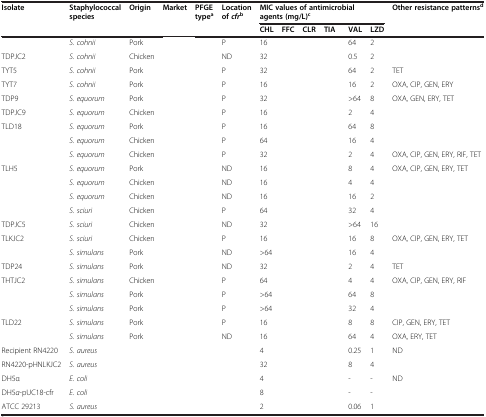
<table><thead><tr><td><b>Isolate</b></td><td><b>Staphylococcal species</b></td><td><b>Origin</b></td><td><b>Market</b></td><td><b>PFGE type<sup>a</sup></b></td><td><b>Location of <i>cfr</i><sup>b</sup></b></td><td colspan="6"><b>MIC values of antimicrobial agents (mg/L)<sup>c</sup></b></td><td><b>Other resistance patterns<sup>d</sup></b></td></tr><tr><td colspan="6">[EMPTY_CELL]</td><td><b>CHL</b></td><td><b>FFC</b></td><td><b>CLR</b></td><td><b>TIA</b></td><td><b>VAL</b></td><td><b>LZD</b></td><td>[EMPTY_CELL]</td></tr></thead><tbody><tr><td>[EMPTY_CELL]</td><td><i>S. cohnii</i></td><td>Pork</td><td>[EMPTY_CELL]</td><td>[EMPTY_CELL]</td><td>P</td><td>16</td><td>[EMPTY_CELL]</td><td>[EMPTY_CELL]</td><td>[EMPTY_CELL]</td><td>64</td><td>2</td><td>[EMPTY_CELL]</td></tr><tr><td>TDPJC2</td><td><i>S. cohnii</i></td><td>Chicken</td><td>[EMPTY_CELL]</td><td>[EMPTY_CELL]</td><td>ND</td><td>32</td><td>[EMPTY_CELL]</td><td>[EMPTY_CELL]</td><td>[EMPTY_CELL]</td><td>0.5</td><td>2</td><td>[EMPTY_CELL]</td></tr><tr><td>TYT5</td><td><i>S. cohnii</i></td><td>Pork</td><td>[EMPTY_CELL]</td><td>[EMPTY_CELL]</td><td>P</td><td>32</td><td>[EMPTY_CELL]</td><td>[EMPTY_CELL]</td><td>[EMPTY_CELL]</td><td>64</td><td>2</td><td>TET</td></tr><tr><td>TYT7</td><td><i>S. cohnii</i></td><td>Pork</td><td>[EMPTY_CELL]</td><td>[EMPTY_CELL]</td><td>P</td><td>16</td><td>[EMPTY_CELL]</td><td>[EMPTY_CELL]</td><td>[EMPTY_CELL]</td><td>16</td><td>2</td><td>OXA, CIP, GEN, ERY</td></tr><tr><td>TDP9</td><td><i>S. equorum</i></td><td>Pork</td><td>[EMPTY_CELL]</td><td>[EMPTY_CELL]</td><td>P</td><td>32</td><td>[EMPTY_CELL]</td><td>[EMPTY_CELL]</td><td>[EMPTY_CELL]</td><td>&gt;64</td><td>8</td><td>OXA, GEN, ERY, TET</td></tr><tr><td>TDPJC9</td><td><i>S. equorum</i></td><td>Chicken</td><td>[EMPTY_CELL]</td><td>[EMPTY_CELL]</td><td>P</td><td>16</td><td>[EMPTY_CELL]</td><td>[EMPTY_CELL]</td><td>[EMPTY_CELL]</td><td>2</td><td>4</td><td>[EMPTY_CELL]</td></tr><tr><td>TLD18</td><td><i>S. equorum</i></td><td>Pork</td><td>[EMPTY_CELL]</td><td>[EMPTY_CELL]</td><td>P</td><td>16</td><td>[EMPTY_CELL]</td><td>[EMPTY_CELL]</td><td>[EMPTY_CELL]</td><td>64</td><td>8</td><td>[EMPTY_CELL]</td></tr><tr><td>[EMPTY_CELL]</td><td><i>S. equorum</i></td><td>Chicken</td><td>[EMPTY_CELL]</td><td>[EMPTY_CELL]</td><td>P</td><td>64</td><td>[EMPTY_CELL]</td><td>[EMPTY_CELL]</td><td>[EMPTY_CELL]</td><td>16</td><td>4</td><td>[EMPTY_CELL]</td></tr><tr><td>[EMPTY_CELL]</td><td><i>S. equorum</i></td><td>Chicken</td><td>[EMPTY_CELL]</td><td>[EMPTY_CELL]</td><td>P</td><td>32</td><td>[EMPTY_CELL]</td><td>[EMPTY_CELL]</td><td>[EMPTY_CELL]</td><td>2</td><td>4</td><td>OXA, CIP, GEN, ERY, RIF, TET</td></tr><tr><td>TLH5</td><td><i>S. equorum</i></td><td>Pork</td><td>[EMPTY_CELL]</td><td>[EMPTY_CELL]</td><td>ND</td><td>16</td><td>[EMPTY_CELL]</td><td>[EMPTY_CELL]</td><td>[EMPTY_CELL]</td><td>8</td><td>4</td><td>OXA, CIP, GEN, ERY, TET</td></tr><tr><td>[EMPTY_CELL]</td><td><i>S. equorum</i></td><td>Chicken</td><td>[EMPTY_CELL]</td><td>[EMPTY_CELL]</td><td>ND</td><td>16</td><td>[EMPTY_CELL]</td><td>[EMPTY_CELL]</td><td>[EMPTY_CELL]</td><td>4</td><td>4</td><td>[EMPTY_CELL]</td></tr><tr><td>[EMPTY_CELL]</td><td><i>S. equorum</i></td><td>Chicken</td><td>[EMPTY_CELL]</td><td>[EMPTY_CELL]</td><td>ND</td><td>16</td><td>[EMPTY_CELL]</td><td>[EMPTY_CELL]</td><td>[EMPTY_CELL]</td><td>16</td><td>2</td><td>[EMPTY_CELL]</td></tr><tr><td>[EMPTY_CELL]</td><td><i>S. sciuri</i></td><td>Chicken</td><td>[EMPTY_CELL]</td><td>[EMPTY_CELL]</td><td>P</td><td>64</td><td>[EMPTY_CELL]</td><td>[EMPTY_CELL]</td><td>[EMPTY_CELL]</td><td>32</td><td>4</td><td>[EMPTY_CELL]</td></tr><tr><td>TDPJC5</td><td><i>S. sciuri</i></td><td>Chicken</td><td>[EMPTY_CELL]</td><td>[EMPTY_CELL]</td><td>ND</td><td>32</td><td>[EMPTY_CELL]</td><td>[EMPTY_CELL]</td><td>[EMPTY_CELL]</td><td>&gt;64</td><td>16</td><td>[EMPTY_CELL]</td></tr><tr><td>TLKJC2</td><td><i>S. sciuri</i></td><td>Chicken</td><td>[EMPTY_CELL]</td><td>[EMPTY_CELL]</td><td>P</td><td>16</td><td>[EMPTY_CELL]</td><td>[EMPTY_CELL]</td><td>[EMPTY_CELL]</td><td>16</td><td>8</td><td>OXA, CIP, GEN, ERY, TET</td></tr><tr><td>[EMPTY_CELL]</td><td><i>S. simulans</i></td><td>Pork</td><td>[EMPTY_CELL]</td><td>[EMPTY_CELL]</td><td>ND</td><td>&gt;64</td><td>[EMPTY_CELL]</td><td>[EMPTY_CELL]</td><td>[EMPTY_CELL]</td><td>16</td><td>4</td><td>[EMPTY_CELL]</td></tr><tr><td>TDP24</td><td><i>S. simulans</i></td><td>Pork</td><td>[EMPTY_CELL]</td><td>[EMPTY_CELL]</td><td>ND</td><td>32</td><td>[EMPTY_CELL]</td><td>[EMPTY_CELL]</td><td>[EMPTY_CELL]</td><td>2</td><td>4</td><td>TET</td></tr><tr><td>THTJC2</td><td><i>S. simulans</i></td><td>Chicken</td><td>[EMPTY_CELL]</td><td>[EMPTY_CELL]</td><td>P</td><td>64</td><td>[EMPTY_CELL]</td><td>[EMPTY_CELL]</td><td>[EMPTY_CELL]</td><td>4</td><td>4</td><td>OXA, CIP, GEN, ERY, RIF</td></tr><tr><td>[EMPTY_CELL]</td><td><i>S. simulans</i></td><td>Pork</td><td>[EMPTY_CELL]</td><td>[EMPTY_CELL]</td><td>P</td><td>&gt;64</td><td>[EMPTY_CELL]</td><td>[EMPTY_CELL]</td><td>[EMPTY_CELL]</td><td>64</td><td>8</td><td>[EMPTY_CELL]</td></tr><tr><td>[EMPTY_CELL]</td><td><i>S. simulans</i></td><td>Pork</td><td>[EMPTY_CELL]</td><td>[EMPTY_CELL]</td><td>P</td><td>&gt;64</td><td>[EMPTY_CELL]</td><td>[EMPTY_CELL]</td><td>[EMPTY_CELL]</td><td>32</td><td>4</td><td>[EMPTY_CELL]</td></tr><tr><td>TLD22</td><td><i>S. simulans</i></td><td>Pork</td><td>[EMPTY_CELL]</td><td>[EMPTY_CELL]</td><td>P</td><td>16</td><td>[EMPTY_CELL]</td><td>[EMPTY_CELL]</td><td>[EMPTY_CELL]</td><td>8</td><td>8</td><td>CIP, GEN, ERY, TET</td></tr><tr><td>[EMPTY_CELL]</td><td><i>S. simulans</i></td><td>Pork</td><td>[EMPTY_CELL]</td><td>[EMPTY_CELL]</td><td>ND</td><td>16</td><td>[EMPTY_CELL]</td><td>[EMPTY_CELL]</td><td>[EMPTY_CELL]</td><td>64</td><td>4</td><td>OXA, ERY, TET</td></tr><tr><td>Recipient RN4220</td><td><i>S. aureus</i></td><td>[EMPTY_CELL]</td><td>[EMPTY_CELL]</td><td>[EMPTY_CELL]</td><td>[EMPTY_CELL]</td><td>4</td><td>[EMPTY_CELL]</td><td>[EMPTY_CELL]</td><td>[EMPTY_CELL]</td><td>0.25</td><td>1</td><td>ND</td></tr><tr><td>RN4220-pHNLKJC2</td><td><i>S. aureus</i></td><td>[EMPTY_CELL]</td><td>[EMPTY_CELL]</td><td>[EMPTY_CELL]</td><td>[EMPTY_CELL]</td><td>32</td><td>[EMPTY_CELL]</td><td>[EMPTY_CELL]</td><td>[EMPTY_CELL]</td><td>8</td><td>4</td><td>[EMPTY_CELL]</td></tr><tr><td>DH5α</td><td><i>E. coli</i></td><td>[EMPTY_CELL]</td><td>[EMPTY_CELL]</td><td>[EMPTY_CELL]</td><td>[EMPTY_CELL]</td><td>4</td><td>[EMPTY_CELL]</td><td>[EMPTY_CELL]</td><td>[EMPTY_CELL]</td><td>-</td><td>-</td><td>ND</td></tr><tr><td>DH5<i>α</i>-pUC18-cfr</td><td><i>E. coli</i></td><td>[EMPTY_CELL]</td><td>[EMPTY_CELL]</td><td>[EMPTY_CELL]</td><td>[EMPTY_CELL]</td><td>8</td><td>[EMPTY_CELL]</td><td>[EMPTY_CELL]</td><td>[EMPTY_CELL]</td><td>-</td><td>-</td><td>[EMPTY_CELL]</td></tr><tr><td>ATCC 29213</td><td><i>S. aureus</i></td><td>[EMPTY_CELL]</td><td>[EMPTY_CELL]</td><td>[EMPTY_CELL]</td><td>[EMPTY_CELL]</td><td>2</td><td>[EMPTY_CELL]</td><td>[EMPTY_CELL]</td><td>[EMPTY_CELL]</td><td>0.06</td><td>1</td><td>[EMPTY_CELL]</td></tr></tbody></table>